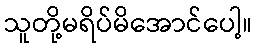
သူတို့မရိပ်မိအောင်ပေါ့။